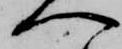
へ